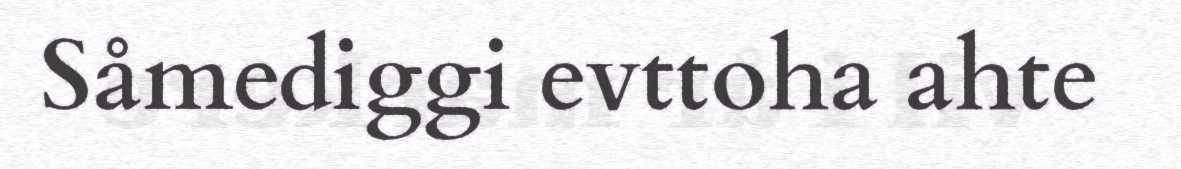
Såmediggi evttoha ahte